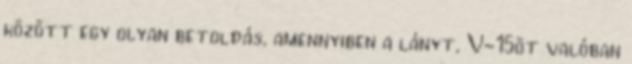
között egy olyan betoldás, amennyiben a lányt, V-15öt valóban